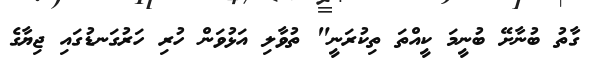
ގާތު ބުނާށޭ ބުނީމަ ކީއްތަ ތިކުރަނީ" ތުވާލި އަޅުވަން ހުރި ހަރުގަނޑުގައި ޖިޔާގެ